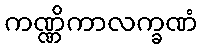
ကဏ္ဏိကာလက္ခဏံ